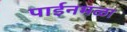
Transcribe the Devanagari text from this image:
पाईनमळा